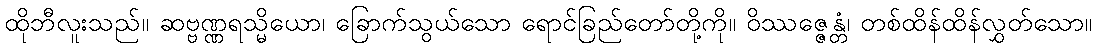
ထိုဘီလူးသည်။ ဆဗ္ဗဏ္ဏရသ္မိယော၊ ခြောက်သွယ်သော ရောင်ခြည်တော်တို့ကို။ ဝိဿဇ္ဇေန္တံ၊ တစ်ထိန်ထိန်လွှတ်သော။